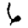
Digit: 6